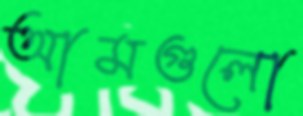
আমগুলো